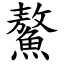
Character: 鰲